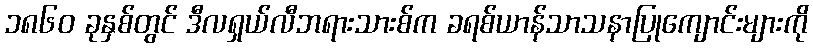
၁၈၆၀ ခုနှစ်တွင် ဒီလရှယ်လီဘရားသားစ်က ခရစ်ယာန်သာသနာပြုကျောင်းများကို